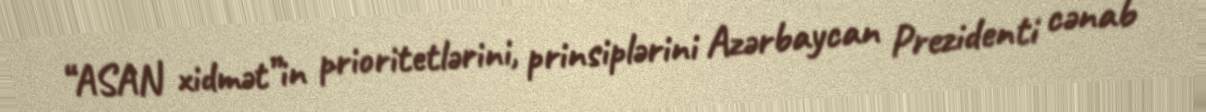
“ASAN xidmət”in prioritetlərini, prinsiplərini Azərbaycan Prezidenti cənab